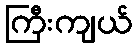
ကြီးကျယ်